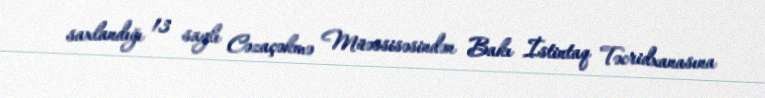
saxlandığı 13 saylı Cəzaçəkmə Müəssisəsindən Bakı İstintaq Təcridxanasına